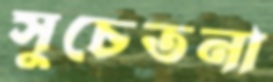
সুচেতনা